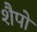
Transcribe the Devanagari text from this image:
शैपो